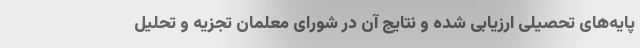
پایه‌های تحصیلی ارزیابی شده و نتایج آن در شورای معلمان تجزیه و تحلیل